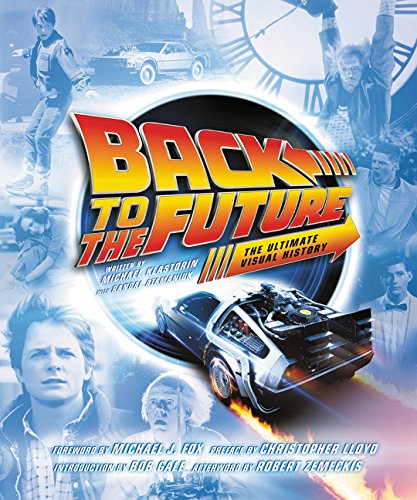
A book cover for Back to the Future: The Ultimate Visual History; Michael Klastorin; Humor & Entertainment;